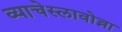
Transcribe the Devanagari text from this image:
व्याचेस्लावोव्ना